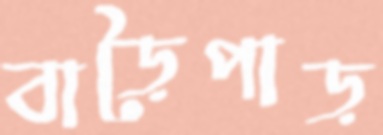
বাড়ৈপাড়